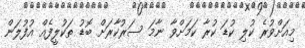
މިއަށްވުރެ ކުލި ކުޑަ ކުރާ ކަމަށްވާ ނާމަ ސަރުކާރަށް ބޮޑު ތަކުލީފެއް އުފުލަން